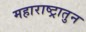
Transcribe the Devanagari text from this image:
महाराष्ट्रातुन